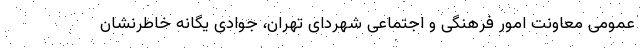
عمومی معاونت امور فرهنگی و اجتماعی شهردای تهران، جوادی یگانه خاطرنشان